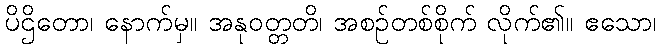
ပိဌိတော၊ နောက်မှ။ အနုဝတ္တတိ၊ အစဉ်တစ်စိုက် လိုက်၏။ ဧသော၊